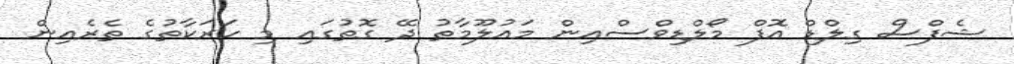
ޝެފްސް ގިލްޑް އޮފް މޯލްޑިވްސްއިން މައުލޫމާތު ދޭ ގޮތުގައި މި ހަރަކާތުގެ ތެރެއިން